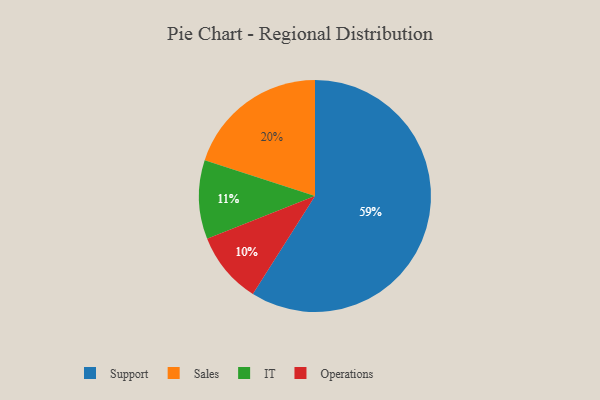
{"axis": {"x": "Category", "y": "Percentage"}, "legend": ["IT", "Operations", "Sales", "Support"], "data": [{"x": "Operations", "y": 10, "type": "Operations"}, {"x": "IT", "y": 11, "type": "IT"}, {"x": "Support", "y": 59, "type": "Support"}, {"x": "Sales", "y": 20, "type": "Sales"}]}